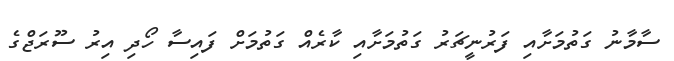
ސާމާނު ގަތުމަށާއި ފަރުނީޗަރު ގަތުމަށާއި ކާރެއް ގަތުމަށް ފައިސާ ހޯދި އިރު ސޫރަޖްގެ